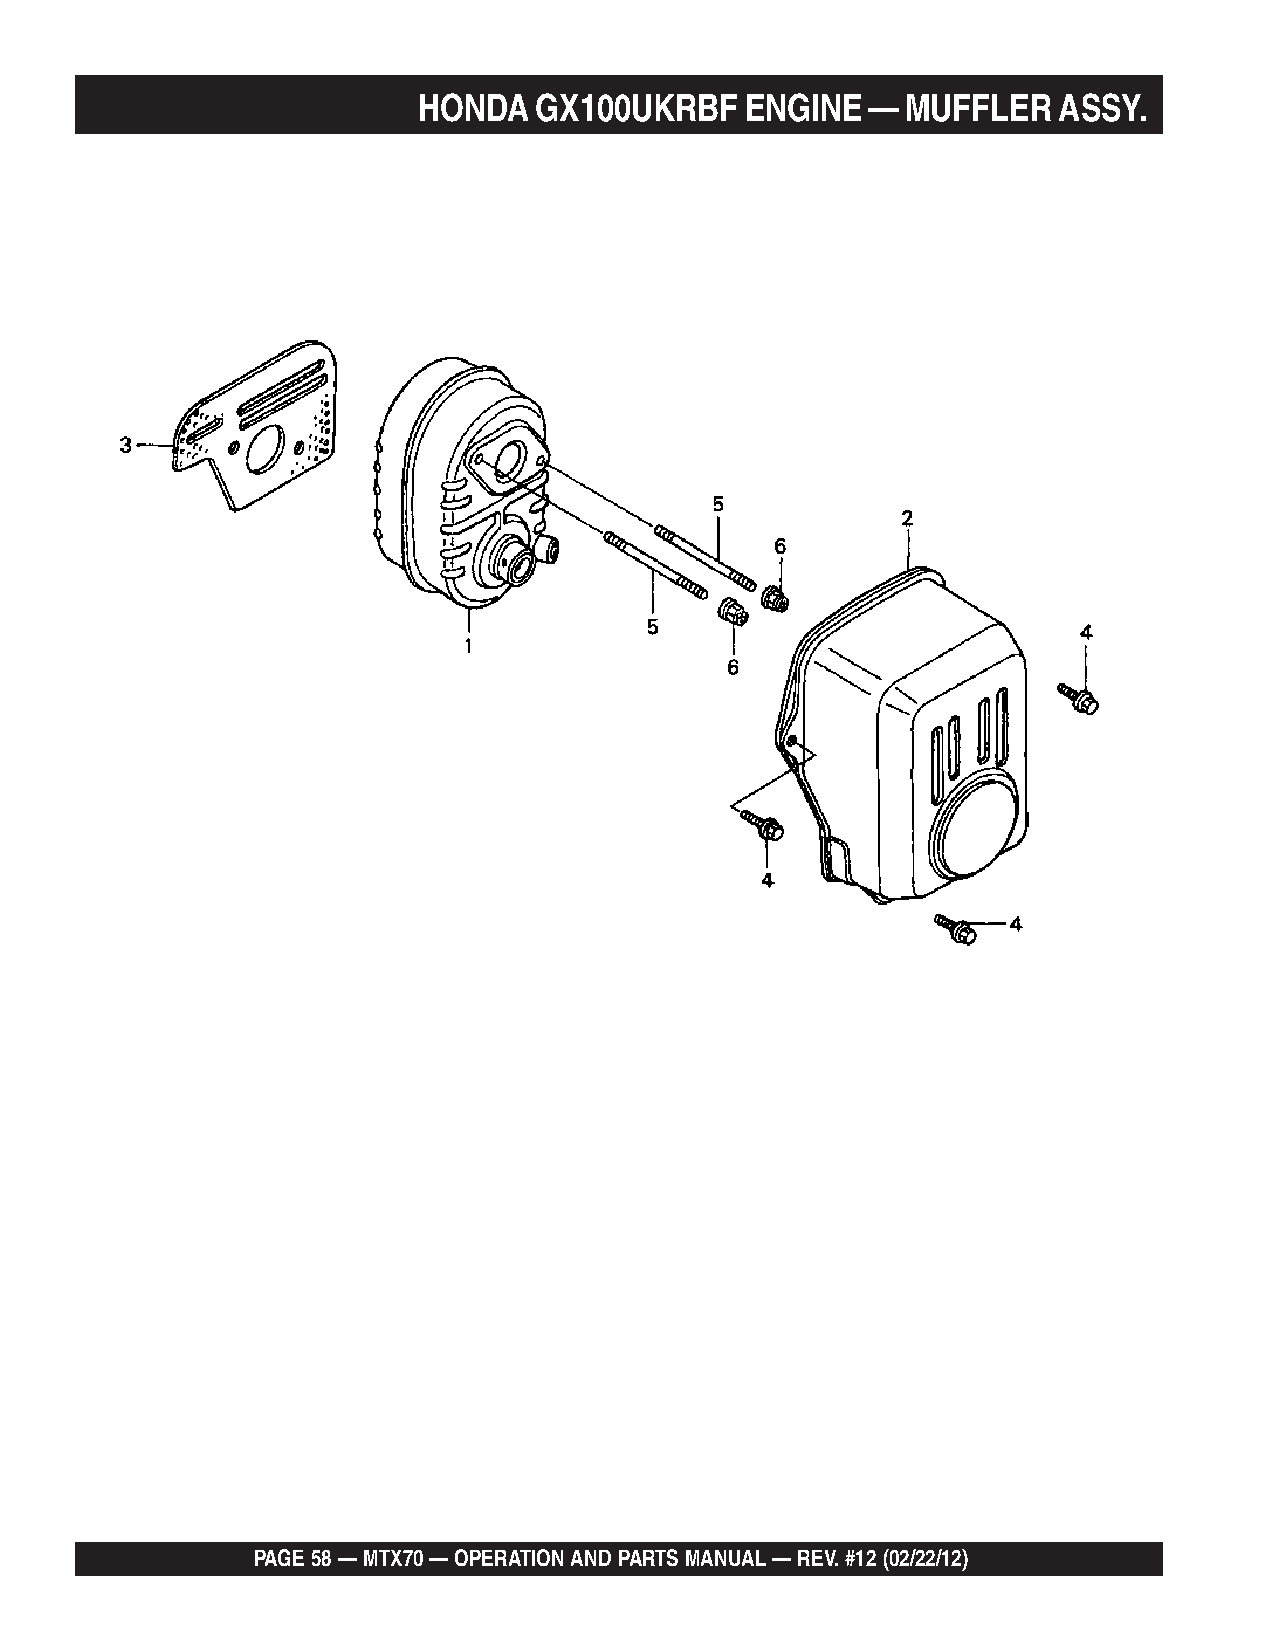
HONDA  GX100UKRBF    ENGINE   — MUFFLER   ASSY.
 PAGE 58 — MTX70 — OPERATION AND PARTS MANUAL — REV. #12 (02/22/12)